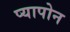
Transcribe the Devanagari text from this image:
प्यापोन